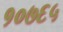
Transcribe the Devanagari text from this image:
१०७६५